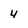
Character: 4